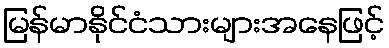
မြန်မာနိုင်ငံသားများအနေဖြင့်